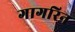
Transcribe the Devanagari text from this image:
गागरिन